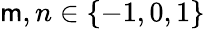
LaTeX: \mathsf{m},n\in\{ -1,0,1\}